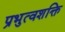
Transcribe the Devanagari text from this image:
प्रभुत्वशक्ति